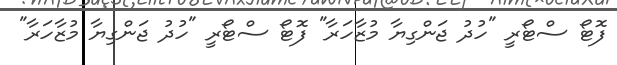
ފޮޓޯ ސްޓޯރީ "ހުދު ޖަންގިޔާ މުޒާހަރާ" ފޮޓޯ ސްޓޯރީ "ހުދު ޖަންގިޔާ މުޒާހަރާ"